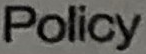
Policy